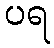
ပရ